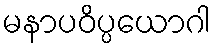
မနာပဝိပ္ပယောဂါ